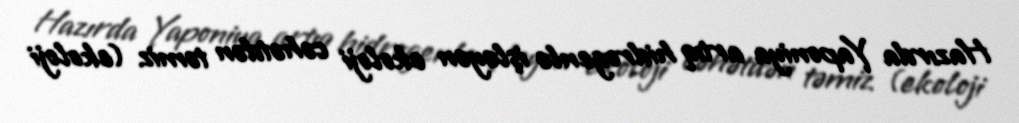
Hazırda Yaponiya artıq hidrogenlə işləyən ekoloji cəhətdən təmiz (ekoloji